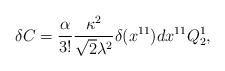
LaTeX: \begin{align*}\delta C = {\alpha \over 3!} {\kappa^2 \over \sqrt{2} \lambda^2} \delta(x^{11}) dx^{11} Q_2^1,\end{align*}